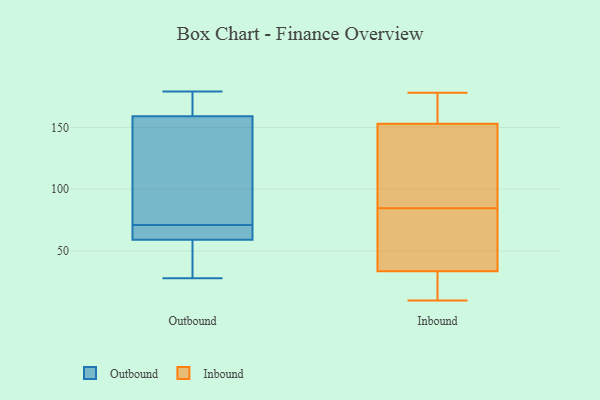
{"axis": {"x": "Production Output", "y": "Value"}, "legend": ["Inbound", "Outbound"], "data": [{"x": "", "y": 117, "type": "Outbound"}, {"x": "", "y": 179, "type": "Outbound"}, {"x": "", "y": 28, "type": "Outbound"}, {"x": "", "y": 48, "type": "Outbound"}, {"x": "", "y": 179, "type": "Outbound"}, {"x": "", "y": 57, "type": "Outbound"}, {"x": "", "y": 69, "type": "Outbound"}, {"x": "", "y": 71, "type": "Outbound"}, {"x": "", "y": 173, "type": "Outbound"}, {"x": "", "y": 65, "type": "Outbound"}, {"x": "", "y": 107, "type": "Outbound"}, {"x": "", "y": 11, "type": "Inbound"}, {"x": "", "y": 178, "type": "Inbound"}, {"x": "", "y": 72, "type": "Inbound"}, {"x": "", "y": 100, "type": "Inbound"}, {"x": "", "y": 89, "type": "Inbound"}, {"x": "", "y": 10, "type": "Inbound"}, {"x": "", "y": 152, "type": "Inbound"}, {"x": "", "y": 168, "type": "Inbound"}, {"x": "", "y": 80, "type": "Inbound"}, {"x": "", "y": 41, "type": "Inbound"}, {"x": "", "y": 154, "type": "Inbound"}, {"x": "", "y": 26, "type": "Inbound"}]}